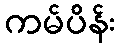
ကမ်ပိန်း